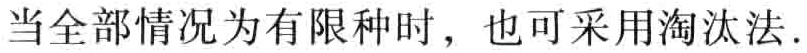
当全部情况为有限种时，也可采用淘汰法.